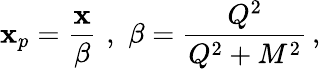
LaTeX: \mathbf{x}_{p}={\frac{{\mathbf{x}}}{{\beta}}}\, \, ,\, \, \beta={\frac{{Q^{2}}}{{Q^{2}+M^{2}}}}\, ,